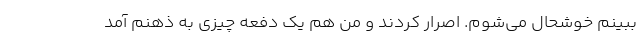
ببینم خوشحال می‌شوم. اصرار کردند و من هم یک دفعه چیزی به ذهنم آمد